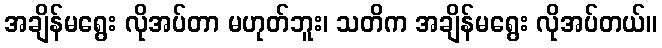
အချိန်မရွေး လိုအပ်တာ မဟုတ်ဘူး၊ သတိက အချိန်မရွေး လိုအပ်တယ်။